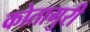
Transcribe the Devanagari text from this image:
कोतागुरी